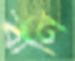
বাণি